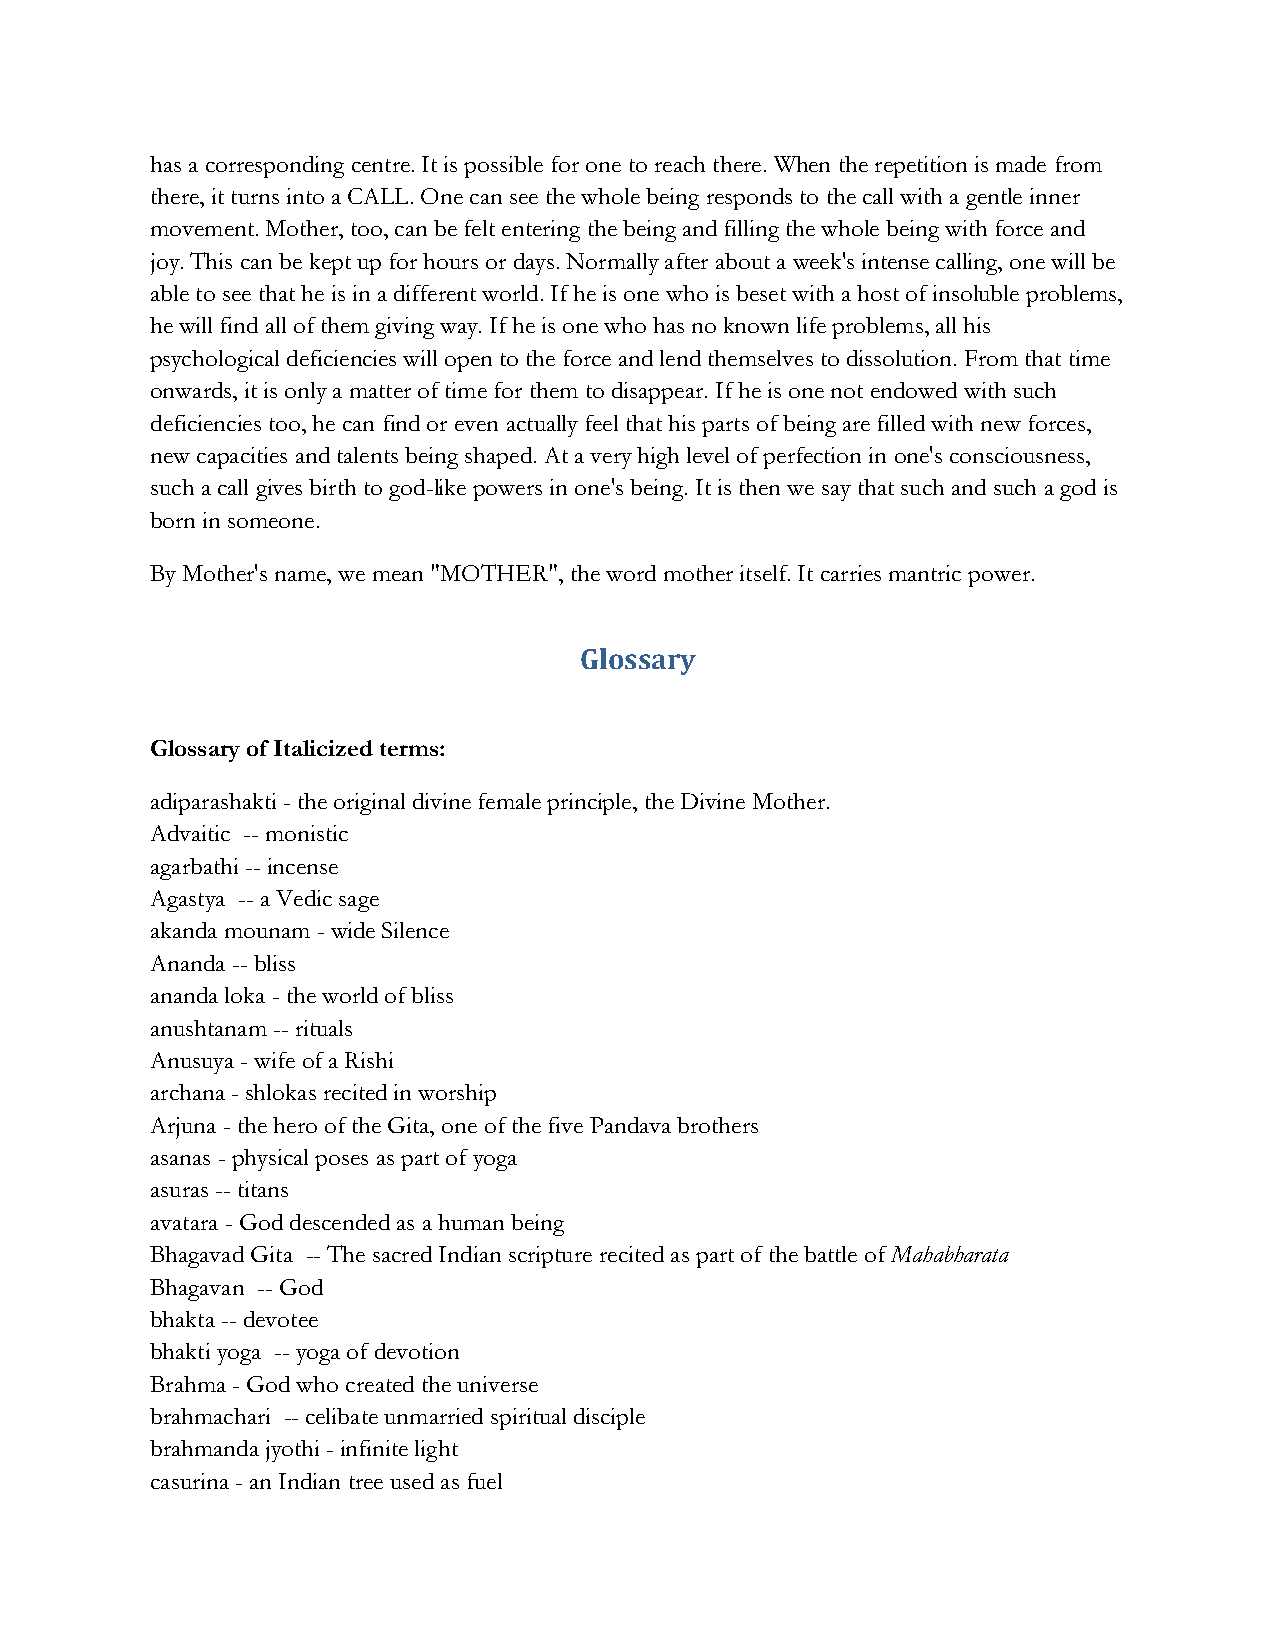
has a corresponding centre. It is possible for one to reach there. When the repetition is made from
 there, it turns into a CALL. One can see the whole being responds to the call with a gentle inner
 movement. Mother, too, can be felt entering the being and filling the whole being with force and
 joy. This can be kept up for hours or days. Normally after about a week's intense calling, one will be
 able to see that he is in a different world. If he is one who is beset with a host of insoluble problems,
 he will find all of them giving way. If he is one who has no known life problems, all his
 psychological deficiencies will open to the force and lend themselves to dissolution. From that time
 onwards, it is only a matter of time for them to disappear. If he is one not endowed with such
 deficiencies too, he can find or even actually feel that his parts of being are filled with new forces,
 new capacities and talents being shaped. At a very high level of perfection in one's consciousness,
 such a call gives birth to god-like powers in one's being. It is then we say that such and such a god is
 born in someone.
 By Mother's name, we mean "MOTHER", the word mother itself. It carries mantric power.
 Glossary
 Glossary of Italicized terms:
 adiparashakti - the original divine female principle, the Divine Mother.
 Advaitic -- monistic
 agarbathi -- incense
 Agastya -- a Vedic sage
 akanda mounam - wide Silence
 Ananda -- bliss
 ananda loka - the world of bliss
 anushtanam -- rituals
 Anusuya - wife of a Rishi
 archana - shlokas recited in worship
 Arjuna - the hero of the Gita, one of the five Pandava brothers
 asanas - physical poses as part of yoga
 asuras -- titans
 avatara - God descended as a human being
 Bhagavad Gita -- The sacred Indian scripture recited as part of the battle of Mahabharata
 Bhagavan -- God
 bhakta -- devotee
 bhakti yoga -- yoga of devotion
 Brahma - God who created the universe
 brahmachari -- celibate unmarried spiritual disciple
 brahmanda jyothi - infinite light
 casurina - an Indian tree used as fuel